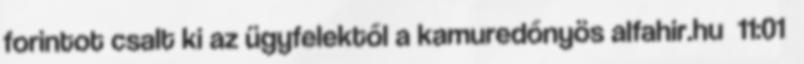
forintot csalt ki az ügyfelektől a kamuredőnyös alfahir.hu 11:01